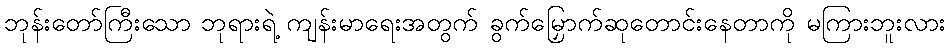
ဘုန်းတော်ကြီးသော ဘုရားရဲ့ ကျန်းမာရေးအတွက် ခွက်မြှောက်ဆုတောင်းနေတာကို မကြားဘူးလား